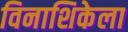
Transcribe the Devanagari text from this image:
विनाशिकेला